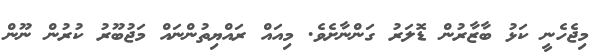
މިޖެހެނީ ކަޅު ބާޒާރުން ޑޮލަރު ގަންނާށެވެ. މިއައް ރައްޔިތުންނައް މަޖުބޫރު ކުރުން ނޫން